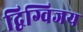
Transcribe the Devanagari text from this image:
द्विग्विजय